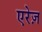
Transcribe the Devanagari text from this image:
एरेज़